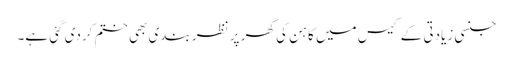
جنسی زیادتی کے کیس میں کاہن کی گھر پر نظر بندی بھی ختم کردی گئی ہے۔